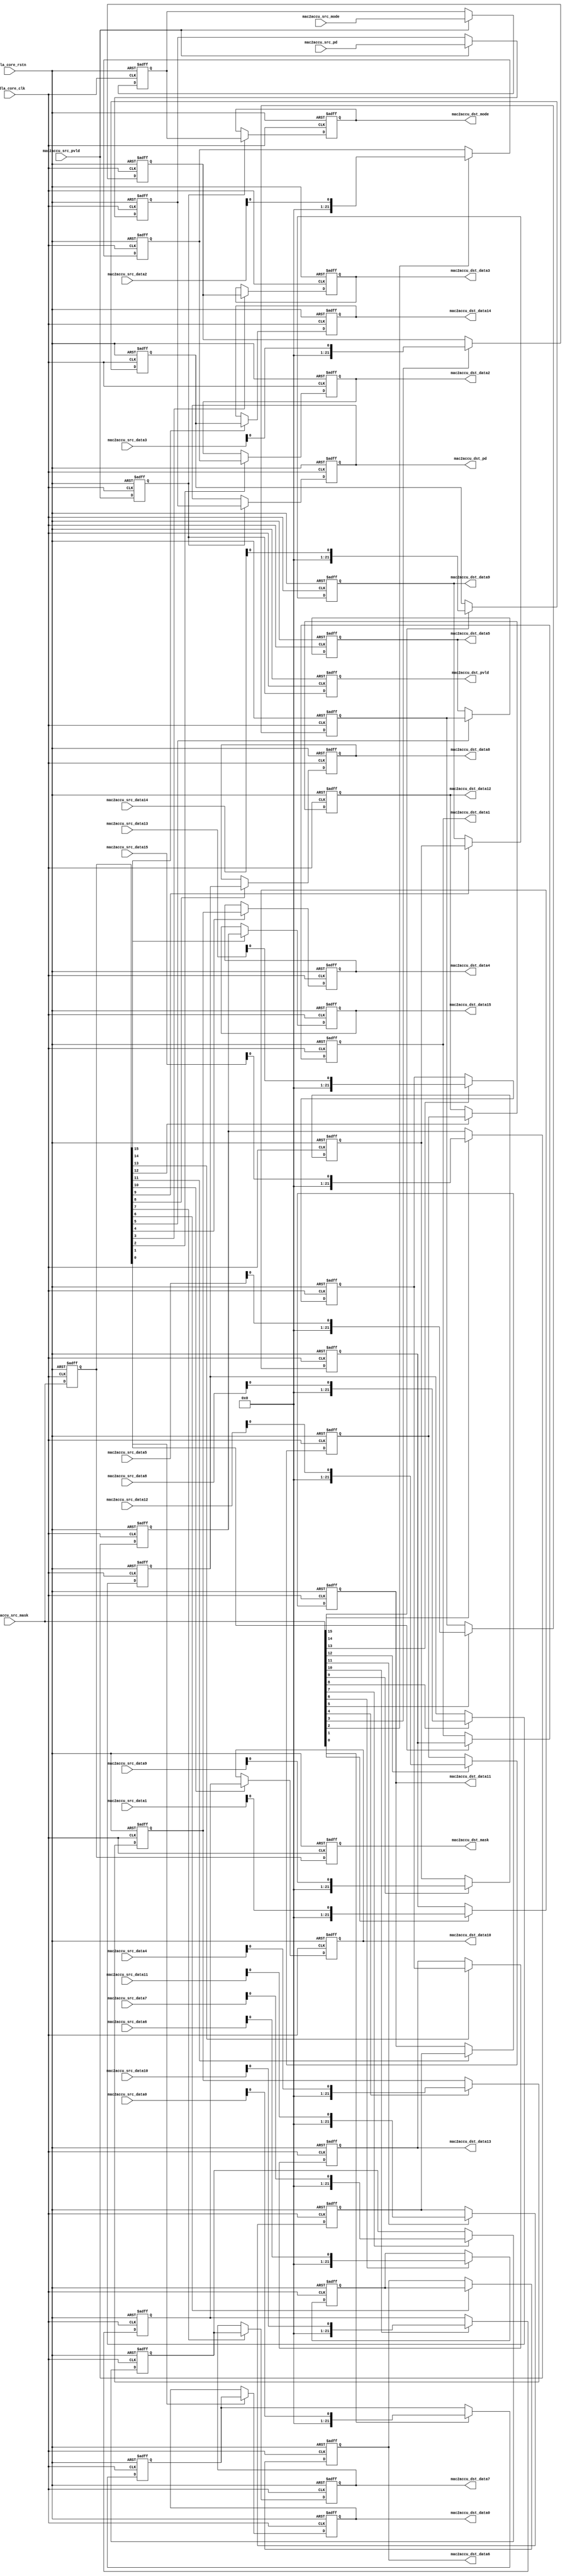
// ================================================================
// NVDLA Open Source Project
//
// Copyright(c) 2016 - 2017 NVIDIA Corporation. Licensed under the
// NVDLA Open Hardware License; Check "LICENSE" which comes with
// this distribution for more information.
// ================================================================
// ================================================================
// NVDLA Open Source Project
// 
// Copyright(c) 2016 - 2017 NVIDIA Corporation.  Licensed under the
// NVDLA Open Hardware License; Check "LICENSE" which comes with 
// this distribution for more information.
// ================================================================
`define DESIGNWARE_NOEXIST 1
module NV_NVDLA_RT_cmac_a2cacc (
   nvdla_core_clk
  ,nvdla_core_rstn
  ,mac2accu_src_pvld
  ,mac2accu_src_mask
  ,mac2accu_src_mode
//: for(my $i=0; $i<32/2; $i++){
//: print qq(
//: ,mac2accu_src_data${i} )
//: }
//| eperl: generated_beg (DO NOT EDIT BELOW)

,mac2accu_src_data0 
,mac2accu_src_data1 
,mac2accu_src_data2 
,mac2accu_src_data3 
,mac2accu_src_data4 
,mac2accu_src_data5 
,mac2accu_src_data6 
,mac2accu_src_data7 
,mac2accu_src_data8 
,mac2accu_src_data9 
,mac2accu_src_data10 
,mac2accu_src_data11 
,mac2accu_src_data12 
,mac2accu_src_data13 
,mac2accu_src_data14 
,mac2accu_src_data15 
//| eperl: generated_end (DO NOT EDIT ABOVE)
  ,mac2accu_src_pd
  ,mac2accu_dst_pvld
  ,mac2accu_dst_mask
  ,mac2accu_dst_mode
//: for(my $i=0; $i<32/2; $i++){
//: print qq(
//: ,mac2accu_dst_data${i} )
//: }
//| eperl: generated_beg (DO NOT EDIT BELOW)

,mac2accu_dst_data0 
,mac2accu_dst_data1 
,mac2accu_dst_data2 
,mac2accu_dst_data3 
,mac2accu_dst_data4 
,mac2accu_dst_data5 
,mac2accu_dst_data6 
,mac2accu_dst_data7 
,mac2accu_dst_data8 
,mac2accu_dst_data9 
,mac2accu_dst_data10 
,mac2accu_dst_data11 
,mac2accu_dst_data12 
,mac2accu_dst_data13 
,mac2accu_dst_data14 
,mac2accu_dst_data15 
//| eperl: generated_end (DO NOT EDIT ABOVE)
  ,mac2accu_dst_pd
  );
input nvdla_core_clk;
input nvdla_core_rstn;
input mac2accu_src_pvld; /* data valid */
input [32/2 -1:0] mac2accu_src_mask;
input mac2accu_src_mode;
//: for(my $i=0; $i<32/2; $i++){
//: print qq(
//: input [22 -1:0] mac2accu_src_data${i}; )
//: }
//| eperl: generated_beg (DO NOT EDIT BELOW)

input [22 -1:0] mac2accu_src_data0; 
input [22 -1:0] mac2accu_src_data1; 
input [22 -1:0] mac2accu_src_data2; 
input [22 -1:0] mac2accu_src_data3; 
input [22 -1:0] mac2accu_src_data4; 
input [22 -1:0] mac2accu_src_data5; 
input [22 -1:0] mac2accu_src_data6; 
input [22 -1:0] mac2accu_src_data7; 
input [22 -1:0] mac2accu_src_data8; 
input [22 -1:0] mac2accu_src_data9; 
input [22 -1:0] mac2accu_src_data10; 
input [22 -1:0] mac2accu_src_data11; 
input [22 -1:0] mac2accu_src_data12; 
input [22 -1:0] mac2accu_src_data13; 
input [22 -1:0] mac2accu_src_data14; 
input [22 -1:0] mac2accu_src_data15; 
//| eperl: generated_end (DO NOT EDIT ABOVE)
input [8:0] mac2accu_src_pd;
output mac2accu_dst_pvld; /* data valid */
output [32/2 -1:0] mac2accu_dst_mask;
output mac2accu_dst_mode;
//: for(my $i=0; $i<32/2; $i++){
//: print qq(
//: output [22 -1:0] mac2accu_dst_data${i}; )
//: }
//| eperl: generated_beg (DO NOT EDIT BELOW)

output [22 -1:0] mac2accu_dst_data0; 
output [22 -1:0] mac2accu_dst_data1; 
output [22 -1:0] mac2accu_dst_data2; 
output [22 -1:0] mac2accu_dst_data3; 
output [22 -1:0] mac2accu_dst_data4; 
output [22 -1:0] mac2accu_dst_data5; 
output [22 -1:0] mac2accu_dst_data6; 
output [22 -1:0] mac2accu_dst_data7; 
output [22 -1:0] mac2accu_dst_data8; 
output [22 -1:0] mac2accu_dst_data9; 
output [22 -1:0] mac2accu_dst_data10; 
output [22 -1:0] mac2accu_dst_data11; 
output [22 -1:0] mac2accu_dst_data12; 
output [22 -1:0] mac2accu_dst_data13; 
output [22 -1:0] mac2accu_dst_data14; 
output [22 -1:0] mac2accu_dst_data15; 
//| eperl: generated_end (DO NOT EDIT ABOVE)
output [8:0] mac2accu_dst_pd;
wire mac2accu_pvld_d0 = mac2accu_src_pvld;
wire [8:0] mac2accu_pd_d0 = mac2accu_src_pd;
wire [32/2 -1:0] mac2accu_mask_d0 = mac2accu_src_mask;
wire mac2accu_mode_d0 = mac2accu_src_mode;
//: my $delay = 2;
//: my $i;
//: my $j;
//: my $k;
//: my $kk=32/2;
//: my $jj=22;
//: for($k = 0; $k <32/2; $k ++) {
//: print "assign mac2accu_data${k}_d0 = mac2accu_src_data${k};\n";
//: }
//:
//: for($i = 0; $i < $delay; $i ++) {
//: $j = $i + 1;
//: &eperl::flop("-q mac2accu_pvld_d${j} -d mac2accu_pvld_d${i}");
//: &eperl::flop("-wid 9 -q mac2accu_pd_d${j} -en mac2accu_pvld_d${i} -d  mac2accu_pd_d${i}");
//: &eperl::flop("-q mac2accu_mode_d${j} -en mac2accu_pvld_d${i} -d  mac2accu_mode_d${i}");
//: &eperl::flop("-wid ${kk} -q mac2accu_mask_d${j} -d mac2accu_mask_d${i}");
//: for($k = 0; $k < 32/2; $k ++) {
//: &eperl::flop("-wid ${jj} -q mac2accu_data${k}_d${j} -en mac2accu_mask_d${i}[${k}] -d  mac2accu_data${k}_d${i}");
//: }
//: }
//:
//: $i = $delay;
//: print "assign mac2accu_dst_pvld = mac2accu_pvld_d${i};\n";
//: print "assign mac2accu_dst_pd = mac2accu_pd_d${i};\n";
//: print "assign mac2accu_dst_mask = mac2accu_mask_d${i};\n";
//: print "assign mac2accu_dst_mode = mac2accu_mode_d${i};\n";
//: for($k = 0; $k <32/2; $k ++) {
//: print "assign mac2accu_dst_data${k} = mac2accu_data${k}_d${i};\n";
//: }
//| eperl: generated_beg (DO NOT EDIT BELOW)
assign mac2accu_data0_d0 = mac2accu_src_data0;
assign mac2accu_data1_d0 = mac2accu_src_data1;
assign mac2accu_data2_d0 = mac2accu_src_data2;
assign mac2accu_data3_d0 = mac2accu_src_data3;
assign mac2accu_data4_d0 = mac2accu_src_data4;
assign mac2accu_data5_d0 = mac2accu_src_data5;
assign mac2accu_data6_d0 = mac2accu_src_data6;
assign mac2accu_data7_d0 = mac2accu_src_data7;
assign mac2accu_data8_d0 = mac2accu_src_data8;
assign mac2accu_data9_d0 = mac2accu_src_data9;
assign mac2accu_data10_d0 = mac2accu_src_data10;
assign mac2accu_data11_d0 = mac2accu_src_data11;
assign mac2accu_data12_d0 = mac2accu_src_data12;
assign mac2accu_data13_d0 = mac2accu_src_data13;
assign mac2accu_data14_d0 = mac2accu_src_data14;
assign mac2accu_data15_d0 = mac2accu_src_data15;
reg  mac2accu_pvld_d1;
always @(posedge nvdla_core_clk or negedge nvdla_core_rstn) begin
   if (!nvdla_core_rstn) begin
       mac2accu_pvld_d1 <= 'b0;
   end else begin
       mac2accu_pvld_d1 <= mac2accu_pvld_d0;
   end
end
reg [8:0] mac2accu_pd_d1;
always @(posedge nvdla_core_clk or negedge nvdla_core_rstn) begin
   if (!nvdla_core_rstn) begin
       mac2accu_pd_d1 <= 'b0;
   end else begin
       if ((mac2accu_pvld_d0) == 1'b1) begin
           mac2accu_pd_d1 <= mac2accu_pd_d0;
       // VCS coverage off
       end else if ((mac2accu_pvld_d0) == 1'b0) begin
       end else begin
           mac2accu_pd_d1 <= 'bx;
       // VCS coverage on
       end
   end
end
reg  mac2accu_mode_d1;
always @(posedge nvdla_core_clk or negedge nvdla_core_rstn) begin
   if (!nvdla_core_rstn) begin
       mac2accu_mode_d1 <= 'b0;
   end else begin
       if ((mac2accu_pvld_d0) == 1'b1) begin
           mac2accu_mode_d1 <= mac2accu_mode_d0;
       // VCS coverage off
       end else if ((mac2accu_pvld_d0) == 1'b0) begin
       end else begin
           mac2accu_mode_d1 <= 'bx;
       // VCS coverage on
       end
   end
end
reg [15:0] mac2accu_mask_d1;
always @(posedge nvdla_core_clk or negedge nvdla_core_rstn) begin
   if (!nvdla_core_rstn) begin
       mac2accu_mask_d1 <= 'b0;
   end else begin
       mac2accu_mask_d1 <= mac2accu_mask_d0;
   end
end
reg [21:0] mac2accu_data0_d1;
always @(posedge nvdla_core_clk or negedge nvdla_core_rstn) begin
   if (!nvdla_core_rstn) begin
       mac2accu_data0_d1 <= 'b0;
   end else begin
       if ((mac2accu_mask_d0[0]) == 1'b1) begin
           mac2accu_data0_d1 <= mac2accu_data0_d0;
       // VCS coverage off
       end else if ((mac2accu_mask_d0[0]) == 1'b0) begin
       end else begin
           mac2accu_data0_d1 <= 'bx;
       // VCS coverage on
       end
   end
end
reg [21:0] mac2accu_data1_d1;
always @(posedge nvdla_core_clk or negedge nvdla_core_rstn) begin
   if (!nvdla_core_rstn) begin
       mac2accu_data1_d1 <= 'b0;
   end else begin
       if ((mac2accu_mask_d0[1]) == 1'b1) begin
           mac2accu_data1_d1 <= mac2accu_data1_d0;
       // VCS coverage off
       end else if ((mac2accu_mask_d0[1]) == 1'b0) begin
       end else begin
           mac2accu_data1_d1 <= 'bx;
       // VCS coverage on
       end
   end
end
reg [21:0] mac2accu_data2_d1;
always @(posedge nvdla_core_clk or negedge nvdla_core_rstn) begin
   if (!nvdla_core_rstn) begin
       mac2accu_data2_d1 <= 'b0;
   end else begin
       if ((mac2accu_mask_d0[2]) == 1'b1) begin
           mac2accu_data2_d1 <= mac2accu_data2_d0;
       // VCS coverage off
       end else if ((mac2accu_mask_d0[2]) == 1'b0) begin
       end else begin
           mac2accu_data2_d1 <= 'bx;
       // VCS coverage on
       end
   end
end
reg [21:0] mac2accu_data3_d1;
always @(posedge nvdla_core_clk or negedge nvdla_core_rstn) begin
   if (!nvdla_core_rstn) begin
       mac2accu_data3_d1 <= 'b0;
   end else begin
       if ((mac2accu_mask_d0[3]) == 1'b1) begin
           mac2accu_data3_d1 <= mac2accu_data3_d0;
       // VCS coverage off
       end else if ((mac2accu_mask_d0[3]) == 1'b0) begin
       end else begin
           mac2accu_data3_d1 <= 'bx;
       // VCS coverage on
       end
   end
end
reg [21:0] mac2accu_data4_d1;
always @(posedge nvdla_core_clk or negedge nvdla_core_rstn) begin
   if (!nvdla_core_rstn) begin
       mac2accu_data4_d1 <= 'b0;
   end else begin
       if ((mac2accu_mask_d0[4]) == 1'b1) begin
           mac2accu_data4_d1 <= mac2accu_data4_d0;
       // VCS coverage off
       end else if ((mac2accu_mask_d0[4]) == 1'b0) begin
       end else begin
           mac2accu_data4_d1 <= 'bx;
       // VCS coverage on
       end
   end
end
reg [21:0] mac2accu_data5_d1;
always @(posedge nvdla_core_clk or negedge nvdla_core_rstn) begin
   if (!nvdla_core_rstn) begin
       mac2accu_data5_d1 <= 'b0;
   end else begin
       if ((mac2accu_mask_d0[5]) == 1'b1) begin
           mac2accu_data5_d1 <= mac2accu_data5_d0;
       // VCS coverage off
       end else if ((mac2accu_mask_d0[5]) == 1'b0) begin
       end else begin
           mac2accu_data5_d1 <= 'bx;
       // VCS coverage on
       end
   end
end
reg [21:0] mac2accu_data6_d1;
always @(posedge nvdla_core_clk or negedge nvdla_core_rstn) begin
   if (!nvdla_core_rstn) begin
       mac2accu_data6_d1 <= 'b0;
   end else begin
       if ((mac2accu_mask_d0[6]) == 1'b1) begin
           mac2accu_data6_d1 <= mac2accu_data6_d0;
       // VCS coverage off
       end else if ((mac2accu_mask_d0[6]) == 1'b0) begin
       end else begin
           mac2accu_data6_d1 <= 'bx;
       // VCS coverage on
       end
   end
end
reg [21:0] mac2accu_data7_d1;
always @(posedge nvdla_core_clk or negedge nvdla_core_rstn) begin
   if (!nvdla_core_rstn) begin
       mac2accu_data7_d1 <= 'b0;
   end else begin
       if ((mac2accu_mask_d0[7]) == 1'b1) begin
           mac2accu_data7_d1 <= mac2accu_data7_d0;
       // VCS coverage off
       end else if ((mac2accu_mask_d0[7]) == 1'b0) begin
       end else begin
           mac2accu_data7_d1 <= 'bx;
       // VCS coverage on
       end
   end
end
reg [21:0] mac2accu_data8_d1;
always @(posedge nvdla_core_clk or negedge nvdla_core_rstn) begin
   if (!nvdla_core_rstn) begin
       mac2accu_data8_d1 <= 'b0;
   end else begin
       if ((mac2accu_mask_d0[8]) == 1'b1) begin
           mac2accu_data8_d1 <= mac2accu_data8_d0;
       // VCS coverage off
       end else if ((mac2accu_mask_d0[8]) == 1'b0) begin
       end else begin
           mac2accu_data8_d1 <= 'bx;
       // VCS coverage on
       end
   end
end
reg [21:0] mac2accu_data9_d1;
always @(posedge nvdla_core_clk or negedge nvdla_core_rstn) begin
   if (!nvdla_core_rstn) begin
       mac2accu_data9_d1 <= 'b0;
   end else begin
       if ((mac2accu_mask_d0[9]) == 1'b1) begin
           mac2accu_data9_d1 <= mac2accu_data9_d0;
       // VCS coverage off
       end else if ((mac2accu_mask_d0[9]) == 1'b0) begin
       end else begin
           mac2accu_data9_d1 <= 'bx;
       // VCS coverage on
       end
   end
end
reg [21:0] mac2accu_data10_d1;
always @(posedge nvdla_core_clk or negedge nvdla_core_rstn) begin
   if (!nvdla_core_rstn) begin
       mac2accu_data10_d1 <= 'b0;
   end else begin
       if ((mac2accu_mask_d0[10]) == 1'b1) begin
           mac2accu_data10_d1 <= mac2accu_data10_d0;
       // VCS coverage off
       end else if ((mac2accu_mask_d0[10]) == 1'b0) begin
       end else begin
           mac2accu_data10_d1 <= 'bx;
       // VCS coverage on
       end
   end
end
reg [21:0] mac2accu_data11_d1;
always @(posedge nvdla_core_clk or negedge nvdla_core_rstn) begin
   if (!nvdla_core_rstn) begin
       mac2accu_data11_d1 <= 'b0;
   end else begin
       if ((mac2accu_mask_d0[11]) == 1'b1) begin
           mac2accu_data11_d1 <= mac2accu_data11_d0;
       // VCS coverage off
       end else if ((mac2accu_mask_d0[11]) == 1'b0) begin
       end else begin
           mac2accu_data11_d1 <= 'bx;
       // VCS coverage on
       end
   end
end
reg [21:0] mac2accu_data12_d1;
always @(posedge nvdla_core_clk or negedge nvdla_core_rstn) begin
   if (!nvdla_core_rstn) begin
       mac2accu_data12_d1 <= 'b0;
   end else begin
       if ((mac2accu_mask_d0[12]) == 1'b1) begin
           mac2accu_data12_d1 <= mac2accu_data12_d0;
       // VCS coverage off
       end else if ((mac2accu_mask_d0[12]) == 1'b0) begin
       end else begin
           mac2accu_data12_d1 <= 'bx;
       // VCS coverage on
       end
   end
end
reg [21:0] mac2accu_data13_d1;
always @(posedge nvdla_core_clk or negedge nvdla_core_rstn) begin
   if (!nvdla_core_rstn) begin
       mac2accu_data13_d1 <= 'b0;
   end else begin
       if ((mac2accu_mask_d0[13]) == 1'b1) begin
           mac2accu_data13_d1 <= mac2accu_data13_d0;
       // VCS coverage off
       end else if ((mac2accu_mask_d0[13]) == 1'b0) begin
       end else begin
           mac2accu_data13_d1 <= 'bx;
       // VCS coverage on
       end
   end
end
reg [21:0] mac2accu_data14_d1;
always @(posedge nvdla_core_clk or negedge nvdla_core_rstn) begin
   if (!nvdla_core_rstn) begin
       mac2accu_data14_d1 <= 'b0;
   end else begin
       if ((mac2accu_mask_d0[14]) == 1'b1) begin
           mac2accu_data14_d1 <= mac2accu_data14_d0;
       // VCS coverage off
       end else if ((mac2accu_mask_d0[14]) == 1'b0) begin
       end else begin
           mac2accu_data14_d1 <= 'bx;
       // VCS coverage on
       end
   end
end
reg [21:0] mac2accu_data15_d1;
always @(posedge nvdla_core_clk or negedge nvdla_core_rstn) begin
   if (!nvdla_core_rstn) begin
       mac2accu_data15_d1 <= 'b0;
   end else begin
       if ((mac2accu_mask_d0[15]) == 1'b1) begin
           mac2accu_data15_d1 <= mac2accu_data15_d0;
       // VCS coverage off
       end else if ((mac2accu_mask_d0[15]) == 1'b0) begin
       end else begin
           mac2accu_data15_d1 <= 'bx;
       // VCS coverage on
       end
   end
end
reg  mac2accu_pvld_d2;
always @(posedge nvdla_core_clk or negedge nvdla_core_rstn) begin
   if (!nvdla_core_rstn) begin
       mac2accu_pvld_d2 <= 'b0;
   end else begin
       mac2accu_pvld_d2 <= mac2accu_pvld_d1;
   end
end
reg [8:0] mac2accu_pd_d2;
always @(posedge nvdla_core_clk or negedge nvdla_core_rstn) begin
   if (!nvdla_core_rstn) begin
       mac2accu_pd_d2 <= 'b0;
   end else begin
       if ((mac2accu_pvld_d1) == 1'b1) begin
           mac2accu_pd_d2 <= mac2accu_pd_d1;
       // VCS coverage off
       end else if ((mac2accu_pvld_d1) == 1'b0) begin
       end else begin
           mac2accu_pd_d2 <= 'bx;
       // VCS coverage on
       end
   end
end
reg  mac2accu_mode_d2;
always @(posedge nvdla_core_clk or negedge nvdla_core_rstn) begin
   if (!nvdla_core_rstn) begin
       mac2accu_mode_d2 <= 'b0;
   end else begin
       if ((mac2accu_pvld_d1) == 1'b1) begin
           mac2accu_mode_d2 <= mac2accu_mode_d1;
       // VCS coverage off
       end else if ((mac2accu_pvld_d1) == 1'b0) begin
       end else begin
           mac2accu_mode_d2 <= 'bx;
       // VCS coverage on
       end
   end
end
reg [15:0] mac2accu_mask_d2;
always @(posedge nvdla_core_clk or negedge nvdla_core_rstn) begin
   if (!nvdla_core_rstn) begin
       mac2accu_mask_d2 <= 'b0;
   end else begin
       mac2accu_mask_d2 <= mac2accu_mask_d1;
   end
end
reg [21:0] mac2accu_data0_d2;
always @(posedge nvdla_core_clk or negedge nvdla_core_rstn) begin
   if (!nvdla_core_rstn) begin
       mac2accu_data0_d2 <= 'b0;
   end else begin
       if ((mac2accu_mask_d1[0]) == 1'b1) begin
           mac2accu_data0_d2 <= mac2accu_data0_d1;
       // VCS coverage off
       end else if ((mac2accu_mask_d1[0]) == 1'b0) begin
       end else begin
           mac2accu_data0_d2 <= 'bx;
       // VCS coverage on
       end
   end
end
reg [21:0] mac2accu_data1_d2;
always @(posedge nvdla_core_clk or negedge nvdla_core_rstn) begin
   if (!nvdla_core_rstn) begin
       mac2accu_data1_d2 <= 'b0;
   end else begin
       if ((mac2accu_mask_d1[1]) == 1'b1) begin
           mac2accu_data1_d2 <= mac2accu_data1_d1;
       // VCS coverage off
       end else if ((mac2accu_mask_d1[1]) == 1'b0) begin
       end else begin
           mac2accu_data1_d2 <= 'bx;
       // VCS coverage on
       end
   end
end
reg [21:0] mac2accu_data2_d2;
always @(posedge nvdla_core_clk or negedge nvdla_core_rstn) begin
   if (!nvdla_core_rstn) begin
       mac2accu_data2_d2 <= 'b0;
   end else begin
       if ((mac2accu_mask_d1[2]) == 1'b1) begin
           mac2accu_data2_d2 <= mac2accu_data2_d1;
       // VCS coverage off
       end else if ((mac2accu_mask_d1[2]) == 1'b0) begin
       end else begin
           mac2accu_data2_d2 <= 'bx;
       // VCS coverage on
       end
   end
end
reg [21:0] mac2accu_data3_d2;
always @(posedge nvdla_core_clk or negedge nvdla_core_rstn) begin
   if (!nvdla_core_rstn) begin
       mac2accu_data3_d2 <= 'b0;
   end else begin
       if ((mac2accu_mask_d1[3]) == 1'b1) begin
           mac2accu_data3_d2 <= mac2accu_data3_d1;
       // VCS coverage off
       end else if ((mac2accu_mask_d1[3]) == 1'b0) begin
       end else begin
           mac2accu_data3_d2 <= 'bx;
       // VCS coverage on
       end
   end
end
reg [21:0] mac2accu_data4_d2;
always @(posedge nvdla_core_clk or negedge nvdla_core_rstn) begin
   if (!nvdla_core_rstn) begin
       mac2accu_data4_d2 <= 'b0;
   end else begin
       if ((mac2accu_mask_d1[4]) == 1'b1) begin
           mac2accu_data4_d2 <= mac2accu_data4_d1;
       // VCS coverage off
       end else if ((mac2accu_mask_d1[4]) == 1'b0) begin
       end else begin
           mac2accu_data4_d2 <= 'bx;
       // VCS coverage on
       end
   end
end
reg [21:0] mac2accu_data5_d2;
always @(posedge nvdla_core_clk or negedge nvdla_core_rstn) begin
   if (!nvdla_core_rstn) begin
       mac2accu_data5_d2 <= 'b0;
   end else begin
       if ((mac2accu_mask_d1[5]) == 1'b1) begin
           mac2accu_data5_d2 <= mac2accu_data5_d1;
       // VCS coverage off
       end else if ((mac2accu_mask_d1[5]) == 1'b0) begin
       end else begin
           mac2accu_data5_d2 <= 'bx;
       // VCS coverage on
       end
   end
end
reg [21:0] mac2accu_data6_d2;
always @(posedge nvdla_core_clk or negedge nvdla_core_rstn) begin
   if (!nvdla_core_rstn) begin
       mac2accu_data6_d2 <= 'b0;
   end else begin
       if ((mac2accu_mask_d1[6]) == 1'b1) begin
           mac2accu_data6_d2 <= mac2accu_data6_d1;
       // VCS coverage off
       end else if ((mac2accu_mask_d1[6]) == 1'b0) begin
       end else begin
           mac2accu_data6_d2 <= 'bx;
       // VCS coverage on
       end
   end
end
reg [21:0] mac2accu_data7_d2;
always @(posedge nvdla_core_clk or negedge nvdla_core_rstn) begin
   if (!nvdla_core_rstn) begin
       mac2accu_data7_d2 <= 'b0;
   end else begin
       if ((mac2accu_mask_d1[7]) == 1'b1) begin
           mac2accu_data7_d2 <= mac2accu_data7_d1;
       // VCS coverage off
       end else if ((mac2accu_mask_d1[7]) == 1'b0) begin
       end else begin
           mac2accu_data7_d2 <= 'bx;
       // VCS coverage on
       end
   end
end
reg [21:0] mac2accu_data8_d2;
always @(posedge nvdla_core_clk or negedge nvdla_core_rstn) begin
   if (!nvdla_core_rstn) begin
       mac2accu_data8_d2 <= 'b0;
   end else begin
       if ((mac2accu_mask_d1[8]) == 1'b1) begin
           mac2accu_data8_d2 <= mac2accu_data8_d1;
       // VCS coverage off
       end else if ((mac2accu_mask_d1[8]) == 1'b0) begin
       end else begin
           mac2accu_data8_d2 <= 'bx;
       // VCS coverage on
       end
   end
end
reg [21:0] mac2accu_data9_d2;
always @(posedge nvdla_core_clk or negedge nvdla_core_rstn) begin
   if (!nvdla_core_rstn) begin
       mac2accu_data9_d2 <= 'b0;
   end else begin
       if ((mac2accu_mask_d1[9]) == 1'b1) begin
           mac2accu_data9_d2 <= mac2accu_data9_d1;
       // VCS coverage off
       end else if ((mac2accu_mask_d1[9]) == 1'b0) begin
       end else begin
           mac2accu_data9_d2 <= 'bx;
       // VCS coverage on
       end
   end
end
reg [21:0] mac2accu_data10_d2;
always @(posedge nvdla_core_clk or negedge nvdla_core_rstn) begin
   if (!nvdla_core_rstn) begin
       mac2accu_data10_d2 <= 'b0;
   end else begin
       if ((mac2accu_mask_d1[10]) == 1'b1) begin
           mac2accu_data10_d2 <= mac2accu_data10_d1;
       // VCS coverage off
       end else if ((mac2accu_mask_d1[10]) == 1'b0) begin
       end else begin
           mac2accu_data10_d2 <= 'bx;
       // VCS coverage on
       end
   end
end
reg [21:0] mac2accu_data11_d2;
always @(posedge nvdla_core_clk or negedge nvdla_core_rstn) begin
   if (!nvdla_core_rstn) begin
       mac2accu_data11_d2 <= 'b0;
   end else begin
       if ((mac2accu_mask_d1[11]) == 1'b1) begin
           mac2accu_data11_d2 <= mac2accu_data11_d1;
       // VCS coverage off
       end else if ((mac2accu_mask_d1[11]) == 1'b0) begin
       end else begin
           mac2accu_data11_d2 <= 'bx;
       // VCS coverage on
       end
   end
end
reg [21:0] mac2accu_data12_d2;
always @(posedge nvdla_core_clk or negedge nvdla_core_rstn) begin
   if (!nvdla_core_rstn) begin
       mac2accu_data12_d2 <= 'b0;
   end else begin
       if ((mac2accu_mask_d1[12]) == 1'b1) begin
           mac2accu_data12_d2 <= mac2accu_data12_d1;
       // VCS coverage off
       end else if ((mac2accu_mask_d1[12]) == 1'b0) begin
       end else begin
           mac2accu_data12_d2 <= 'bx;
       // VCS coverage on
       end
   end
end
reg [21:0] mac2accu_data13_d2;
always @(posedge nvdla_core_clk or negedge nvdla_core_rstn) begin
   if (!nvdla_core_rstn) begin
       mac2accu_data13_d2 <= 'b0;
   end else begin
       if ((mac2accu_mask_d1[13]) == 1'b1) begin
           mac2accu_data13_d2 <= mac2accu_data13_d1;
       // VCS coverage off
       end else if ((mac2accu_mask_d1[13]) == 1'b0) begin
       end else begin
           mac2accu_data13_d2 <= 'bx;
       // VCS coverage on
       end
   end
end
reg [21:0] mac2accu_data14_d2;
always @(posedge nvdla_core_clk or negedge nvdla_core_rstn) begin
   if (!nvdla_core_rstn) begin
       mac2accu_data14_d2 <= 'b0;
   end else begin
       if ((mac2accu_mask_d1[14]) == 1'b1) begin
           mac2accu_data14_d2 <= mac2accu_data14_d1;
       // VCS coverage off
       end else if ((mac2accu_mask_d1[14]) == 1'b0) begin
       end else begin
           mac2accu_data14_d2 <= 'bx;
       // VCS coverage on
       end
   end
end
reg [21:0] mac2accu_data15_d2;
always @(posedge nvdla_core_clk or negedge nvdla_core_rstn) begin
   if (!nvdla_core_rstn) begin
       mac2accu_data15_d2 <= 'b0;
   end else begin
       if ((mac2accu_mask_d1[15]) == 1'b1) begin
           mac2accu_data15_d2 <= mac2accu_data15_d1;
       // VCS coverage off
       end else if ((mac2accu_mask_d1[15]) == 1'b0) begin
       end else begin
           mac2accu_data15_d2 <= 'bx;
       // VCS coverage on
       end
   end
end
assign mac2accu_dst_pvld = mac2accu_pvld_d2;
assign mac2accu_dst_pd = mac2accu_pd_d2;
assign mac2accu_dst_mask = mac2accu_mask_d2;
assign mac2accu_dst_mode = mac2accu_mode_d2;
assign mac2accu_dst_data0 = mac2accu_data0_d2;
assign mac2accu_dst_data1 = mac2accu_data1_d2;
assign mac2accu_dst_data2 = mac2accu_data2_d2;
assign mac2accu_dst_data3 = mac2accu_data3_d2;
assign mac2accu_dst_data4 = mac2accu_data4_d2;
assign mac2accu_dst_data5 = mac2accu_data5_d2;
assign mac2accu_dst_data6 = mac2accu_data6_d2;
assign mac2accu_dst_data7 = mac2accu_data7_d2;
assign mac2accu_dst_data8 = mac2accu_data8_d2;
assign mac2accu_dst_data9 = mac2accu_data9_d2;
assign mac2accu_dst_data10 = mac2accu_data10_d2;
assign mac2accu_dst_data11 = mac2accu_data11_d2;
assign mac2accu_dst_data12 = mac2accu_data12_d2;
assign mac2accu_dst_data13 = mac2accu_data13_d2;
assign mac2accu_dst_data14 = mac2accu_data14_d2;
assign mac2accu_dst_data15 = mac2accu_data15_d2;

//| eperl: generated_end (DO NOT EDIT ABOVE)
endmodule